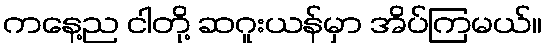
ကနေ့ည ငါတို့ ဆဂူးယန်မှာ အိပ်ကြမယ်။